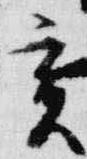
亥